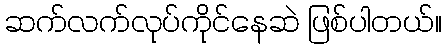
ဆက်လက်လုပ်ကိုင်နေဆဲ ဖြစ်ပါတယ်။